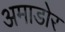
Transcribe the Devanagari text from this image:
अमाडोर